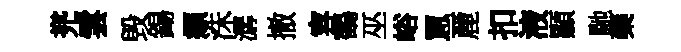
兠雲毁錫頫洙潺撤容鶴巫峪罳䴡扣液顯馳藥